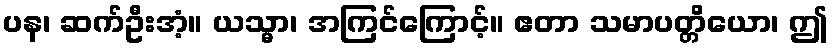
ပန၊ ဆက်ဦးအံ့။ ယသ္မာ၊ အကြင်ကြောင့်။ ဧတာ သမာပတ္တိယော၊ ဤ